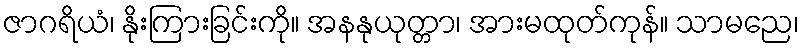
ဇာဂရိယံ၊ နိုးကြားခြင်းကို။ အနနုယုတ္တာ၊ အားမထုတ်ကုန်။ သာမညေ၊